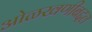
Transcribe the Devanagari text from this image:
ओळखणीबद्दल